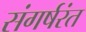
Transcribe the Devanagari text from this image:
संगर्षरंत